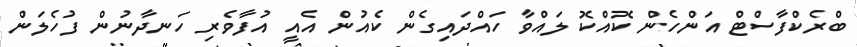
ބްރެކްފާސްޓް އަންހެން ކޮއްކޮ ލައްވާ ހައްދައިގެން ކެއުން އެއީ އުފާވެރި ހަނދާނުން ފުހެލަން